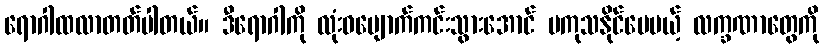
ရောဂါထလာတတ်ပါတယ်။ ဒီရောဂါကို လုံးဝပျောက်ကင်းသွားအောင် မကုသနိုင်ပေမယ့် လက္ခဏာတွေကို